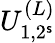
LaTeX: U_{1,2^{\mathsf{s}}}^{(L)}